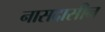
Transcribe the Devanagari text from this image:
नासदासीन